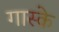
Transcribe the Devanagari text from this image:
गास्के